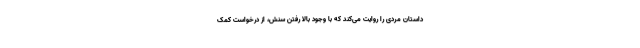
داستان مردی را روایت می‌کند که با وجود بالا رفتن سنش، از درخواست کمک